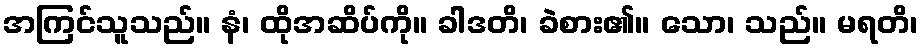
အကြင်သူသည်။ နံ၊ ထိုအဆိပ်ကို။ ခါဒတိ၊ ခဲစား၏။ သော၊ သည်။ မရတိ၊